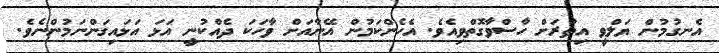
އެނގުމުން ޔަލްވީ އިތުރަށް ހާސްވާގޮތްވިއެވެ. އެހެންކަމުން އޭނާއަށް ވާހަކަ ދެއްކުނީ އަޅަ އަޅައިގަންނަމުންނެވެ.